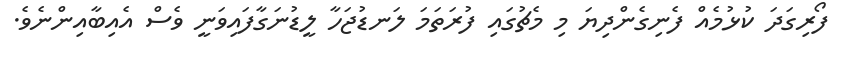
ފޯރިގަދަ ކުޅުމެއް ފެނިގެންދިޔަ މި މެޗުގައި ފުރަތަމަ ލަނޑުޖަހާ ލީޑުނަގާފައިވަނީ ވެސް އެއިބާއިންނެވެ.